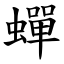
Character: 蟬